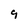
Character: 9